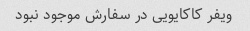
ویفر کاکایویی در سفارش موجود نبود